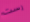
رست